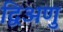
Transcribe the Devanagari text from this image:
द्विअणु